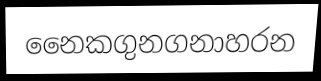
නෛකගුනගනාහරන